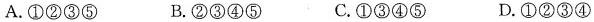
A.①②③⑤ B.②③④⑤ C.①③④⑤ D.①②③④